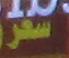
سعر